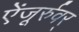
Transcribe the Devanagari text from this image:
ऐंजूर्रुवर्